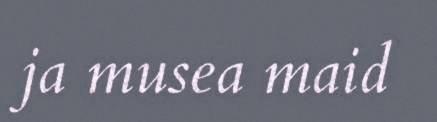
ja musea maid